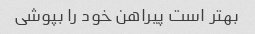
بهتر است پیراهن خود را بپوشی